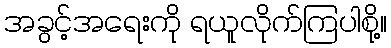
အခွင့်အရေးကို ရယူလိုက်ကြပါစို့။